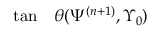
\begin{array} { r l } { \tan } & { { } \theta ( \Psi ^ { ( n + 1 ) } , \Upsilon _ { 0 } ) } \end{array}